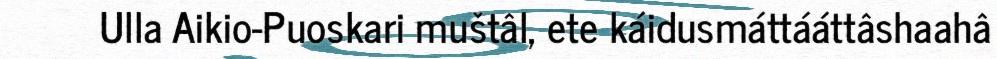
Ulla Aikio-Puoskari muštâl, ete káidusmáttááttâshaahâ